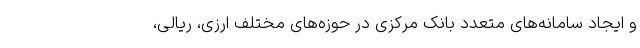
و ایجاد سامانه‌های متعدد بانک مرکزی در حوزه‌های مختلف ارزی، ریالی،